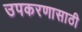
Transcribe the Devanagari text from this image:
उपकरणासाठी